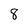
Character: 8